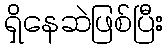
ရှိနေဆဲဖြစ်ပြီး